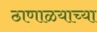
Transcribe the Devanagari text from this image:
ठाणाळयाच्या